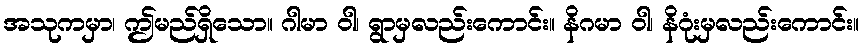
အသုကမှာ၊ ဤမည်ရှိသော။ ဂါမာ ဝါ၊ ရွာမှလည်းကောင်း။ နိဂမာ ဝါ၊ နိဂုံးမှလည်းကောင်း။